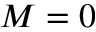
M = 0